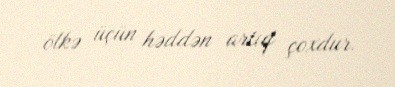
ölkə üçün həddən artıq çoxdur.